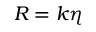
R = k \eta